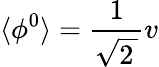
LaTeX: \langle\phi^{0}\rangle={\frac{1}{\sqrt{2\, }}}v